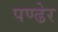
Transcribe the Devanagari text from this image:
पण्ढेर